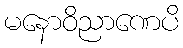
မနောဝိညာဏေပိ